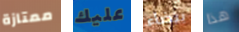
ممتازة عليك بيضاء هذا